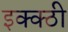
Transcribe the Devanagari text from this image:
इक्क्ठी